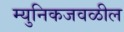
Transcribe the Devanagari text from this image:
म्युनिकजवळील